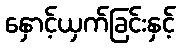
နှောင့်ယှက်ခြင်းနှင့်